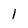
Character: 1